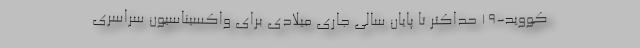
کووید-۱۹ حداکثر تا پایان سالی جاری میلادی برای واکسیناسیون سراسری